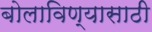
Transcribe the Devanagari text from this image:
बोलाविण्यासाठी